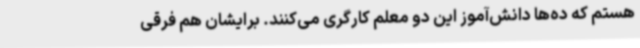
هستم که ده‌ها دانش‌آموز این دو معلم کارگری می‌کنند. برایشان هم فرقی